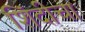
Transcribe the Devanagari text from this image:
शिंदीचा